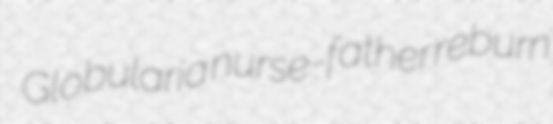
Globularia nurse-father reburn